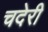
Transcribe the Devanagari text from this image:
चदेरी